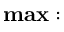
\mathbf { m a x } :